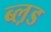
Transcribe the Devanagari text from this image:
ब्ल़ड